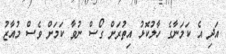
އަދި އެ ކަމަނާގެ ހާލުކޮޅު އިތުރަށް ގޯސް ނުވާ ކަމަށް ވެސް މުއާޒު